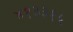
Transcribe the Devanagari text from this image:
४१३३१५